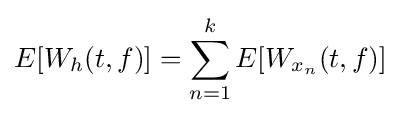
E[W_{h}(t,f)]=\sum _{n=1}^{k}E[W_{x_{n}}(t,f)]